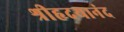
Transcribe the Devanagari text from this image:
श्रीहृदयानंद